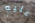
عليه